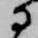
に